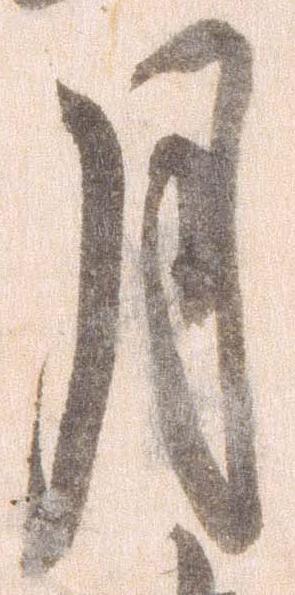
月